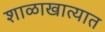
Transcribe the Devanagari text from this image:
शाळाखात्यात